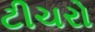
ટીચરો